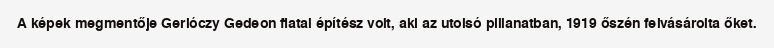
A képek megmentője Gerlóczy Gedeon fiatal építész volt, aki az utolsó pillanatban, 1919 őszén felvásárolta őket.